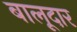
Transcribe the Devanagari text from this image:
बालूदार